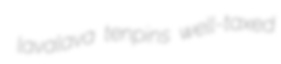
lavalava tenpins well-taxed